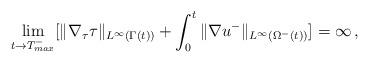
LaTeX: \begin{align*}\lim_{t\rightarrow T_{max}^-} [\|\nabla_\tau\tau\|_{L^\infty(\Gamma(t))}+\int_0^t \|\nabla u^-\|_{L^\infty(\Omega^-(t))}]=\infty\,,\end{align*}